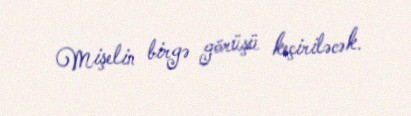
Mişelin birgə görüşü keçiriləcək.